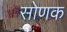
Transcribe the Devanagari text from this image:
सोणक